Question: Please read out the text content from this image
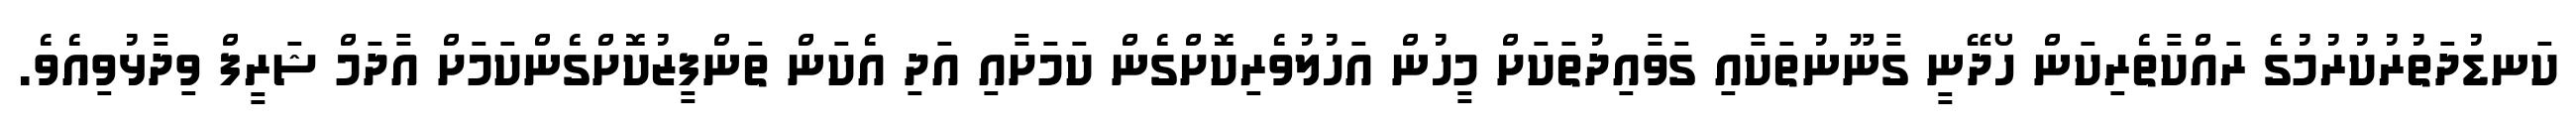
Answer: ކަނޑުދަތުރުކުރުމުގެ ރައްކާތެރިކަން ހޯދޭނީ ގާނޫނުތަކާއި ގަވާއިދުތަކަށް މީހުން އަހުލުވެރިކޮށްގެން ކަމަށާއި އަދި އެކަން ތަންފީޒުކޮށްގެންކަމަށް އާދަމް ޝަރީފް ވިދާޅުވިއެވެ.